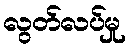
လွတ်လပ်မှု